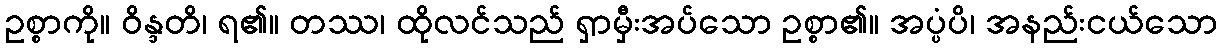
ဥစ္စာကို။ ဝိန္ဒတိ၊ ရ၏။ တဿ၊ ထိုလင်သည် ရှာမှီးအပ်သော ဥစ္စာ၏။ အပ္ပံပိ၊ အနည်းငယ်သော